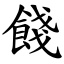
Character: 餞